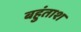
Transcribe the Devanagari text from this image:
बहुंताश